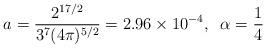
LaTeX: \begin{align*}a= \frac{2^{17/2}}{3^7(4\pi )^{5/2}}= 2.96 \times 10^{-4},\;\;\alpha = \frac{1}{4}\end{align*}